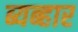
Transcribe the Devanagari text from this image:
ब्यब्हार